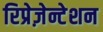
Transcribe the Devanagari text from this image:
रिप्रेज़ेन्टेशन